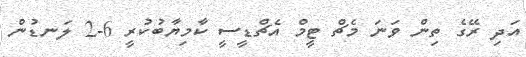
އަދި ރޭގެ ތިން ވަނަ މެޗް ޓީމް އެޗްޑީސީ ކާމިޔާބުކުރީ 6-2 ލަނޑުން